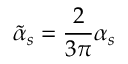
\tilde { \alpha } _ { s } = { \frac { 2 } { 3 \pi } } \alpha _ { s }